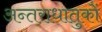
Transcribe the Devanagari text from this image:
अन्तराधातुकों